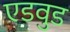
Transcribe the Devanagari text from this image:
एडवुड